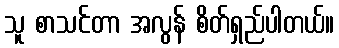
သူ စာသင်တာ အလွန် စိတ်ရှည်ပါတယ်။